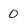
Character: 0